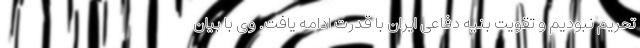
تحریم نبودیم و تقویت بنیه دفاعی ایران با قدرت ادامه یافت. وی با بیان